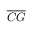
\overline { { C G } }